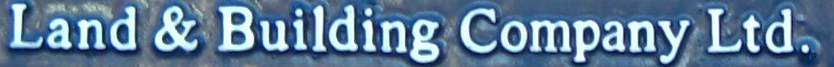
Land & Building Company Ltd